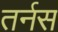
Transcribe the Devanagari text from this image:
तर्नस